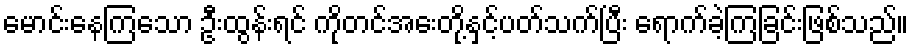
မောင်းနေကြသော ဦးထွန်းရင် ကိုတင်အေးတို့နှင့်ပတ်သက်ပြီး ရောက်ခဲ့ကြခြင်းဖြစ်သည်။